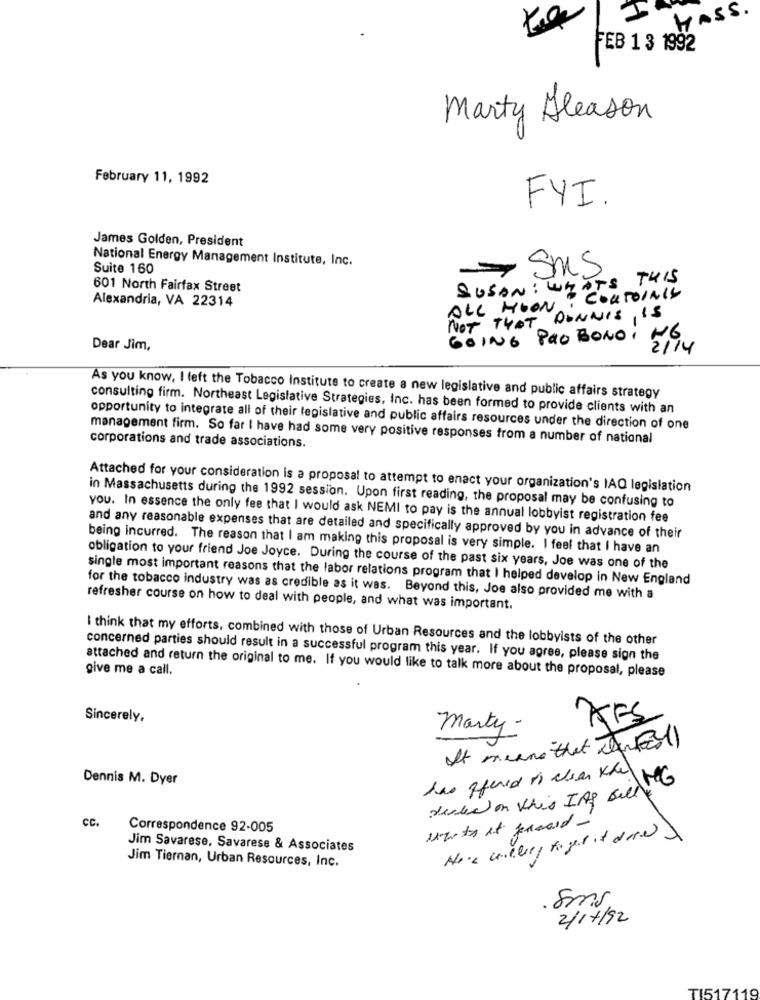
MASS.
FEB 1 3 1992
Marty Gleason
February 11, 1992
FYI.
James Golden, President
National Energy Management Institute, Inc.
Suite 160
- SMS
WHATS THIS
601 North Fairfax Street
SUSAN : W##
Alexandria, VA 22314
COUTOINIS
ALL HOON
NOT THAT DONNIS IS
Dear Jim,
GOING PRO BONO, 50
As you know, I left the Tobacco Institute to create a new legislative and public affairs strategy
consulting firm. Northeast Legislative Strategies, Inc. has been formed to provide clients with an
opportunity to integrate all of their legislative and public affairs resources under the direction of one
management firm. So far I have had some very positive responses from a number of national
corporations and trade associations.
Attached for your consideration is a proposal to attempt to enact your organization's IAQ legislation
in Massachusetts during the 1992 session. Upon first reading, the proposal may be confusing to
you. In essence the only fee that I would ask NEMI to pay is the annual lobbyist registration fee
and any reasonable expenses that are detailed and specifically approved by you in advance of their
being incurred. The reason that I am making this proposal is very simple. I feel that I have an
obligation to your friend Joe Joyce. During the course of the past six years, Joe was one of the
single most important reasons that the labor relations program that I helped develop in New England
for the tobacco industry was as credible as it was. Beyond this, Joe also provided me with a
refresher course on how to deal with people, and what was important.
I think that my efforts, combined with those of Urban Resources and the lobbyists of the other
concerned parties should result in a successful program this year. If you agree, please sign the
give me a call.
attached and return the original to me. If you would like to talk more about the proposal, please
Sincerely,
AFS
marty-
It means that antall
Dennis M. Dyer
1MG
decle on this IAS Belle"
cc.
units et proard -
Correspondence 92-005
Jim Savarese, Savarese & Associates
Jim Tiernan, Urban Resources, Inc.
surg.
2/17/92
TI517119